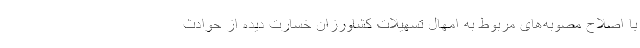
با اصلاح مصوبه‌های مربوط به امهال تسهیلات کشاورزان خسارت دیده از حوادث